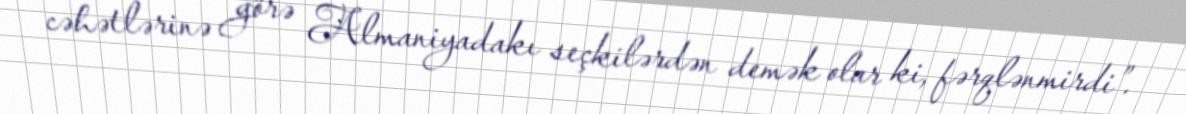
cəhətlərinə görə Almaniyadakı seçkilərdən demək olar ki, fərqlənmirdi”.